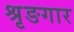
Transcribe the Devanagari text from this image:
श्रृङगार